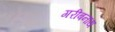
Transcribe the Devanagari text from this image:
गरीबनाथ